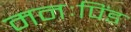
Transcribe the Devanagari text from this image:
मनःपिंड